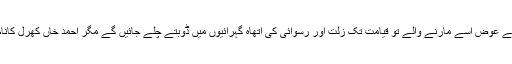
انگریزوں سے د ھن دولت کے عوض اسے مارنے والے تو قیامت تک زلت اور رسوائی کی اتھاہ گہرائیوں میں ڈوبتے چلے جائیں گے مگر احمد خاں کھرل کانام رہتی دنیا تک قائم رہے گا۔